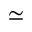
\simeq